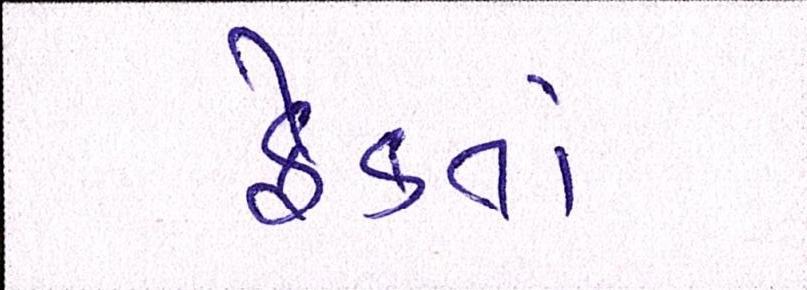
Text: ફેંકતાં